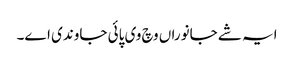
ایہ شے جانوراں وچ وی پائی جاوندی اے۔